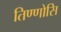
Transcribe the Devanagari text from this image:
तिण्णोसि